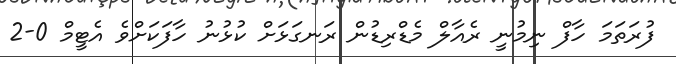
ފުރަތަމަ ހާފް ނިމުނީ ރެއާލް މެޑްރިޑުން ރަނގަޅަށް ކުޅުނު ހާފަކަށްވެ އެޓީމް 0-2